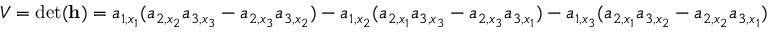
V = \operatorname* { d e t } ( \mathbf { h } ) = a _ { 1 , x _ { 1 } } ( a _ { 2 , x _ { 2 } } a _ { 3 , x _ { 3 } } - a _ { 2 , x _ { 3 } } a _ { 3 , x _ { 2 } } ) - a _ { 1 , x _ { 2 } } ( a _ { 2 , x _ { 1 } } a _ { 3 , x _ { 3 } } - a _ { 2 , x _ { 3 } } a _ { 3 , x _ { 1 } } ) - a _ { 1 , x _ { 3 } } ( a _ { 2 , x _ { 1 } } a _ { 3 , x _ { 2 } } - a _ { 2 , x _ { 2 } } a _ { 3 , x _ { 1 } } )